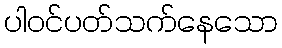
ပါဝင်ပတ်သက်နေသော